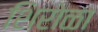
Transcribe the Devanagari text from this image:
शिरोळा